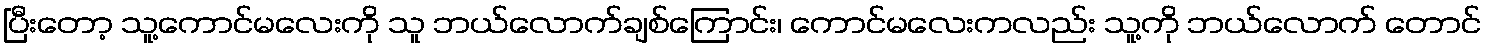
ပြီးတော့ သူ့ကောင်မလေးကို သူ ဘယ်လောက်ချစ်ကြောင်း၊ ကောင်မလေးကလည်း သူ့ကို ဘယ်လောက် တောင်